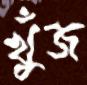
খুঁজ